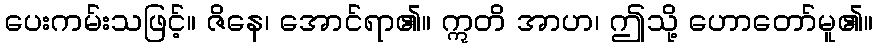
ပေးကမ်းသဖြင့်။ ဇိနေ၊ အောင်ရာ၏။ ဣတိ အာဟ၊ ဤသို့ ဟောတော်မူ၏။